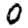
Digit: 0